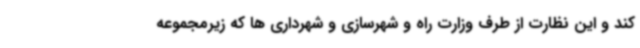
کند و این نظارت از طرف وزارت راه و شهرسازی و شهرداری ها که زیرمجموعه